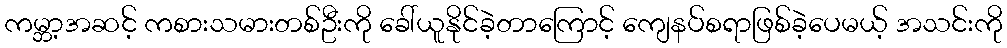
ကမ္ဘာ့အဆင့် ကစားသမားတစ်ဦးကို ခေါ်ယူနိုင်ခဲ့တာကြောင့် ကျေနပ်စရာဖြစ်ခဲ့ပေမယ့် အသင်းကို